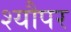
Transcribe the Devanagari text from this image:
श्यौपर